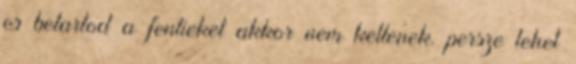
es betartod a fentieket akkor nem kellenek. persze lehet